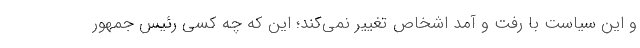
و این سیاست با رفت و آمد اشخاص تغییر نمی‌کند؛ این که چه کسی رئیس جمهور